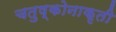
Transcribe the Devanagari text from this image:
चतुष्कोनाकृती